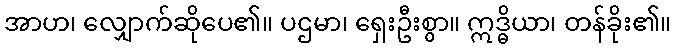
အာဟ၊ လျှောက်ဆိုပေ၏။ ပဌမာ၊ ရှေးဦးစွာ။ ဣဒ္ဓိယာ၊ တန်ခိုး၏။